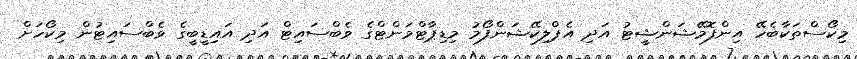
މިކޯސްތަކާބެހޭ އިންފޮމޭޝަންޝީޓު އަދި އެޕްލިކޭޝަންފޯމު މިޑިޕާޓްމަންޓްގެ ވެބްސައިޓް އަދި އައިޑީބީގެ ވެބްސައިޓުން މިކޯހަށް